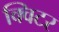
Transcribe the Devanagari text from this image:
क्विटर